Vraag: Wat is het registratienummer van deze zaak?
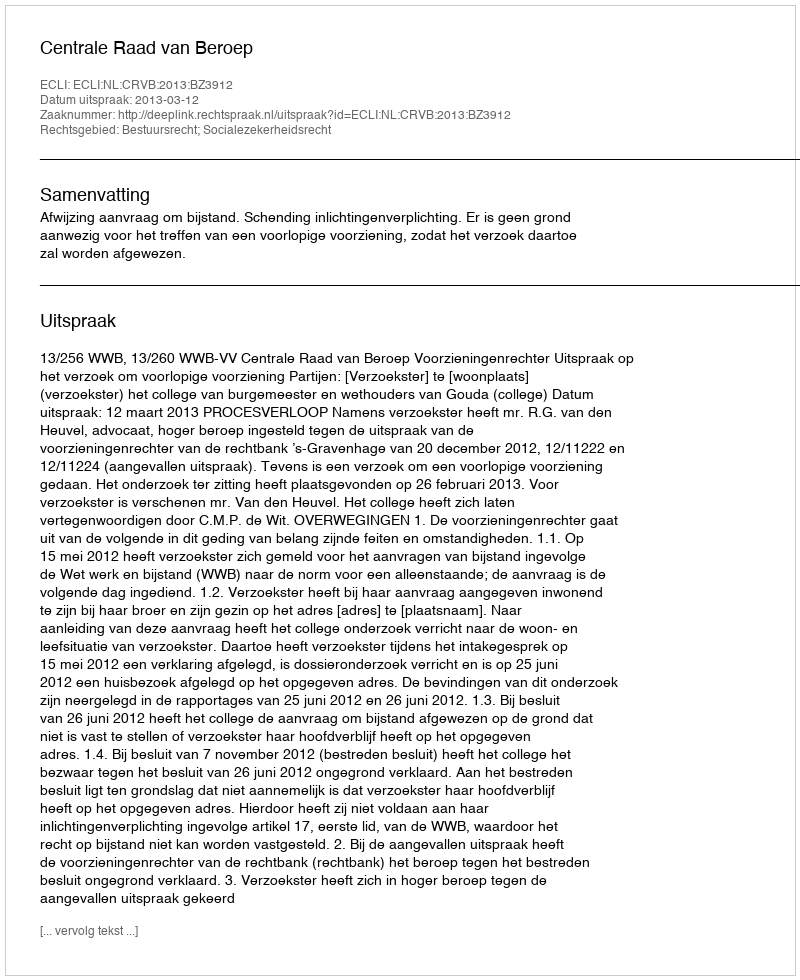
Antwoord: http://deeplink.rechtspraak.nl/uitspraak?id=ECLI:NL:CRVB:2013:BZ3912